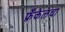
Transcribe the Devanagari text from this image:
फ्रँकेलचा